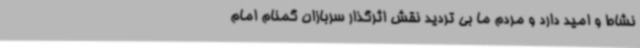
نشاط و امید دارد و مردم ما بی تردید نقش اثرگذار سربازان گمنام امام